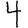
Digit: 4